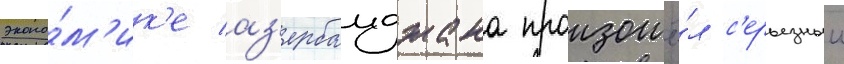
эконо́м'ик'е аз'ербаиджана произошё́л с'ерьезныи